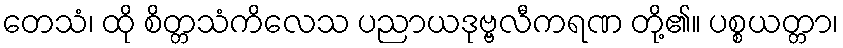
တေသံ၊ ထို စိတ္တသံကိလေသ ပညာယဒုဗ္ဗလီကရဏ တို့၏။ ပစ္စယတ္တာ၊